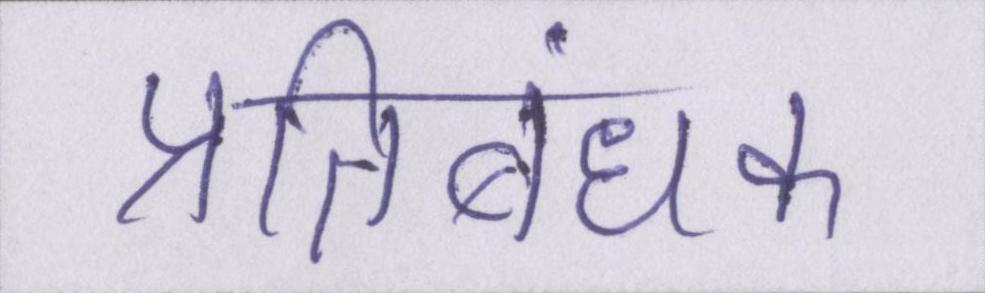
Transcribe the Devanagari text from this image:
प्रतिबंधक